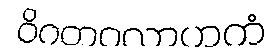
ဝိဂတဝလာဟကံ